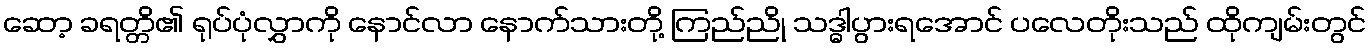
ဆော့ ခရတ္တိ၏ ရုပ်ပုံလွှာကို နောင်လာ နောက်သားတို့ ကြည်ညို သဒ္ဓါပွားရအောင် ပလေတိုးသည် ထိုကျမ်းတွင်